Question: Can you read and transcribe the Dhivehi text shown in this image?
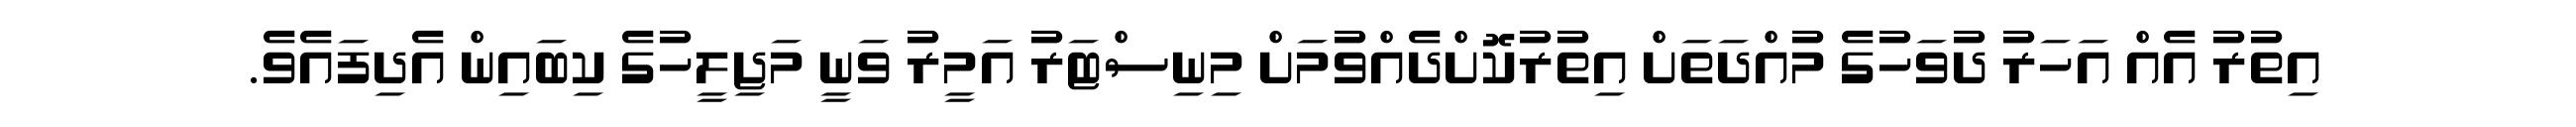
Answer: އިތުރު އެއް އަހަރު ދުވަހުގެ މުއްދަތަށް އިތުރުކޮށްދެއްވުމަށް މިނިސްޓަރު އަމީރު ވަނީ މަޖިލީހުގެ ކިބައިން އެދިފައެވެ.